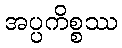
အပ္ပကိစ္စဿ